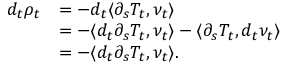
\begin{array} { r l } { d _ { t } \rho _ { t } } & { = - d _ { t } \langle \partial _ { s } T _ { t } , \nu _ { t } \rangle } \\ & { = - \langle d _ { t } \partial _ { s } T _ { t } , \nu _ { t } \rangle - \langle \partial _ { s } T _ { t } , d _ { t } \nu _ { t } \rangle } \\ & { = - \langle d _ { t } \partial _ { s } T _ { t } , \nu _ { t } \rangle . } \end{array}